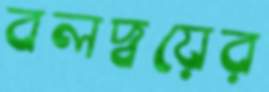
বলদ্বয়ের